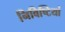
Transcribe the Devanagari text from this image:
निविष्टियां